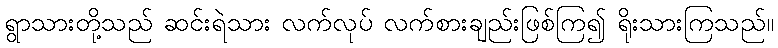
ရွာသားတို့သည် ဆင်းရဲသား လက်လုပ် လက်စားချည်းဖြစ်ကြ၍ ရိုးသားကြသည်။